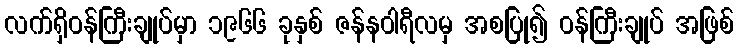
လက်ရှိဝန်ကြီးချုပ်မှာ ၁၉၆၆ ခုနှစ် ဇန်နဝါရီလမှ အစပြု၍ ဝန်ကြီးချုပ် အဖြစ်